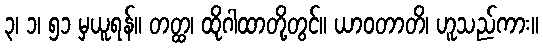
၃၊ ၁၊ ၅၁ မှယူရန်။ တတ္ထ၊ ထိုဂါထာတို့တွင်။ ယာဝတာတိ၊ ဟူသည်ကား။